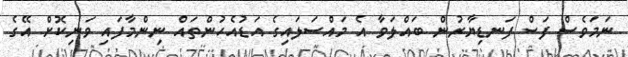
ނަމަވެސް ފަސް ފަނޑިޔާރުން ބައްލަވާ އެ މައްސަލައިގެ އަޑުއެހުންތައް ނިންމާފައި ވަނިކޮށް އޭގެ